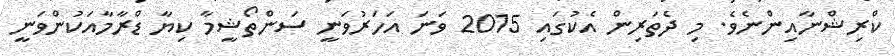
ކްރިޝްނާއިންނެވެ. މި ދެތަރިން އެކުގައި 2015 ވަނަ އަހަރުވަނީ ސަންތޯޝީމާ ކިޔާ ޑްރާމާއަކުންވަނީ